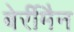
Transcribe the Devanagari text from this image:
बेर्रीमैन